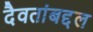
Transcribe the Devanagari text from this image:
दैवतांबद्दल